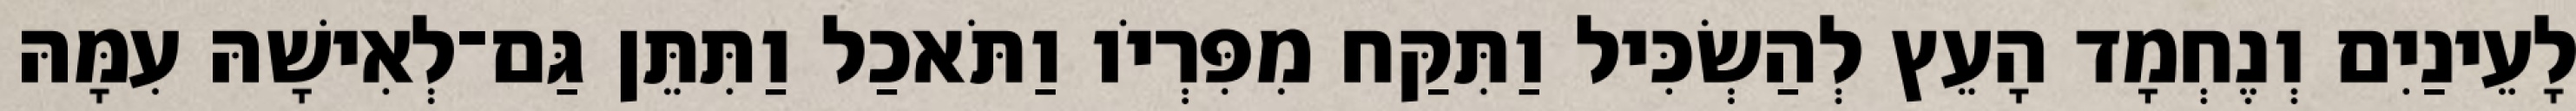
לָעֵינַיִם וְנֶחְמָד הָעֵץ לְהַשְׂכִּיל וַתִּקַּח מִפִּרְיֹו וַתֹּאכַל וַתִּתֵּן גַּם־לְאִישָׁהּ עִמָּהּ